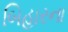
બિહારના